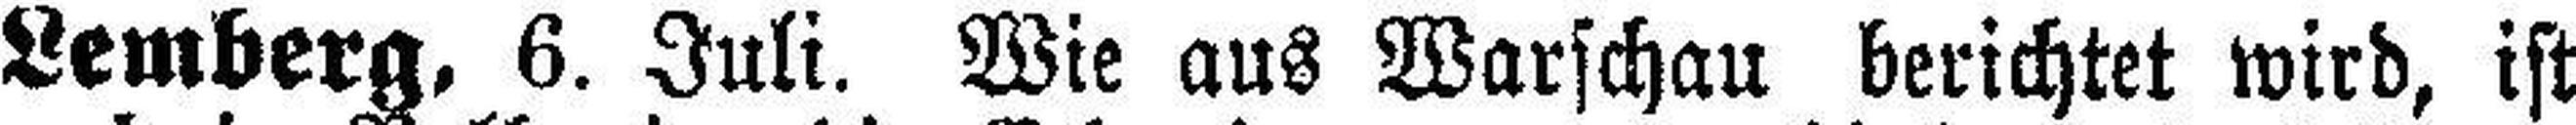
Lemberg, 6. Juli. Wie aus Warschau berichtet wird, ist